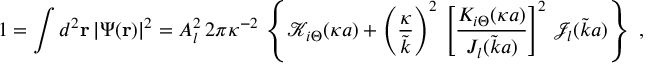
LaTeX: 1 = \int d ^ { 2 } { \bf r } \, | \Psi ( { \bf r } ) | ^ { 2 } = A _ { l } ^ { 2 } \, 2 \pi \kappa ^ { - 2 } \, \left\{ { \mathcal K } _ { i \Theta } ( \kappa a ) + \left( \frac { \kappa } { \tilde { k } } \right) ^ { 2 } \, \left[ \frac { K _ { i \Theta } ( \kappa a ) } { J _ { l } ( \tilde { k } a ) } \right] ^ { 2 } \, { \mathcal J _ { l } } ( \tilde { k } a ) \right\} \; ,